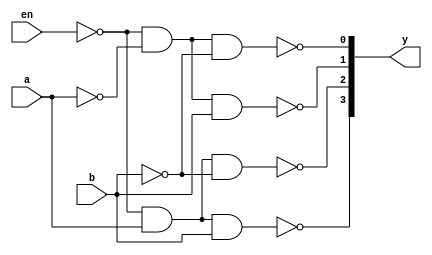
module decoder2to4(en,a,b,y);
    input en,a,b;
    output [3:0]y;
    wire enb,na,nb;
    assign enb = ~en;
    assign na = ~a;
    assign nb = ~b;
    
    
    assign y[0] = ~(enb&na&nb);
    assign y[1] = ~(enb&na&b);
    assign y[2] = ~(enb&a&nb);
    assign y[3] = ~(enb&a&b);

endmodule